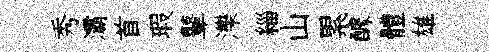
秀灞首瑕鼙濼緇山累醵體雄